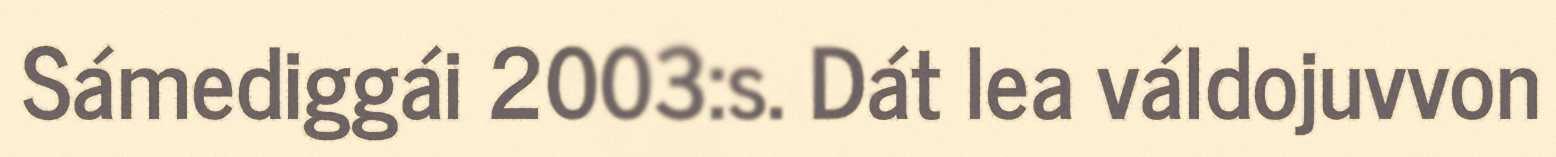
Sámediggái 2003:s. Dát lea váldojuvvon